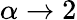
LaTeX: \alpha\rightarrow 2